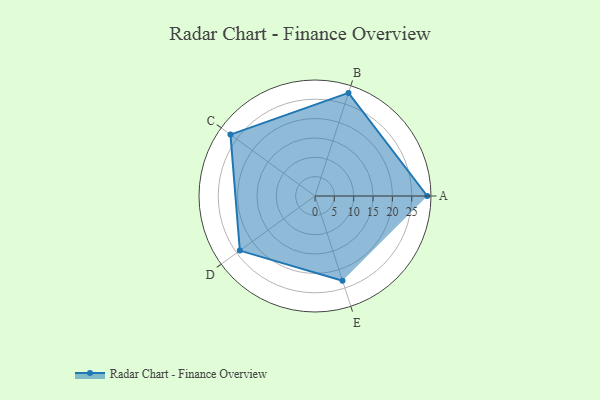
{"axis": {"x": "Skill", "y": "Score"}, "legend": ["Profile"], "data": [{"x": "A", "y": 29.0, "type": "Profile"}, {"x": "B", "y": 28.0, "type": "Profile"}, {"x": "C", "y": 27.0, "type": "Profile"}, {"x": "D", "y": 24.0, "type": "Profile"}, {"x": "E", "y": 23.0, "type": "Profile"}]}